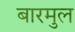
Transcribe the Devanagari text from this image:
बारमुल